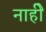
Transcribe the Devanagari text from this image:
नाहीे